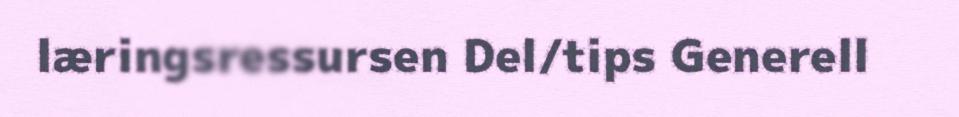
læringsressursen Del/tips Generell